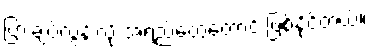
ပြားချပ်လွန်းလို့ အရည်တွေတောင် ဖြစ်နိုင်တယ်။